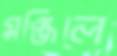
মঞ্জিলে